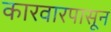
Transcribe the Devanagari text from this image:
कारवारपासून